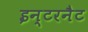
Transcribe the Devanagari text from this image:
इन्टरनैट